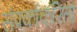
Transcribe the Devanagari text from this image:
संपर्काकरिता